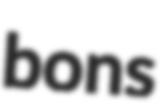
bons